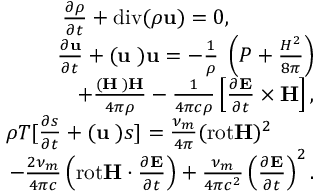
\begin{array} { r } { \frac { \partial \rho } { \partial t } + \mathrm { d i v } ( \rho { \bf u } ) = 0 , \qquad \qquad } \\ { \frac { \partial { \bf u } } { \partial t } + ( { \bf u \nabla ) u } = - \frac { 1 } { \rho } { \bf \nabla } \left( P + \frac { H ^ { 2 } } { 8 \pi } \right) } \\ { + \frac { ( { \bf H \nabla ) H } } { 4 \pi \rho } - \frac { 1 } { 4 \pi c \rho } \left[ \frac { \partial { \bf E } } { \partial t } \times { \bf H } \right] , } \\ { \rho T [ \frac { \partial { s } } { \partial t } + ( { \bf u \nabla ) } s ] = \frac { \nu _ { m } } { 4 \pi } ( \mathrm { r o t } { \bf H } ) ^ { 2 } \qquad } \\ { - \frac { 2 \nu _ { m } } { 4 \pi c } \left( \mathrm { r o t } { \bf H } \cdot \frac { \partial { \bf E } } { \partial t } \right) + \frac { \nu _ { m } } { 4 \pi c ^ { 2 } } \left( \frac { \partial { \bf E } } { \partial t } \right) ^ { 2 } . } \end{array}